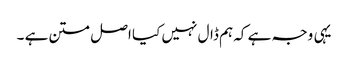
یہی وجہ ہے کہ ہم ڈال نہیں کیا اصل متن ہے ۔